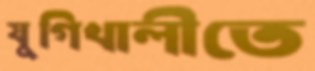
যুগিখালীতে